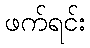
ဖက်ရင်း